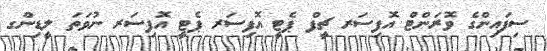
ސިފައިންގެ ވޮރަންޓް އޮފިސަރ ޗީފް ޕެޓީ އޮފިސަރ ޕެޓީ އޮފިސަރ ނުވަތަ ލީޑިންގ